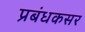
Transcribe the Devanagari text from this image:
प्रबंधकसर